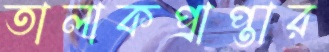
তালাকপ্রাপ্তার